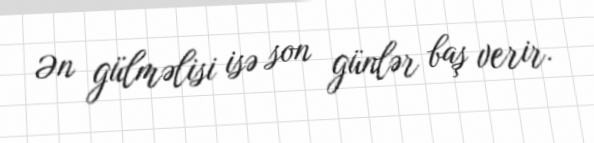
Ən gülməlisi isə son günlər baş verir.